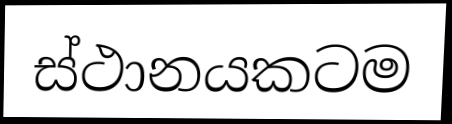
ස්ථානයකටම